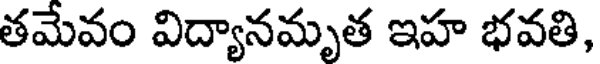
తమేవం విద్యానమృత ఇహ భవతి,